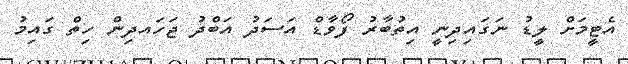
އެޓީމަށް ލީޑު ނަގައިދިނީ އިތުބާރު ފޯވާޑް އަސަދު އަބްދު ޖަހައދިން ހިތް ގައިމު